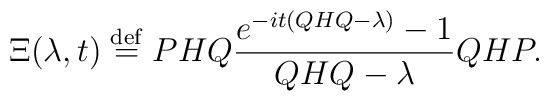
\Xi(\lambda,t)\stackrel{\rm def} {=} PHQ \frac{e^{-it(QHQ - \lambda)}-1}{QHQ -\lambda}QHP.